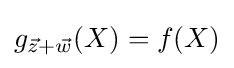
g_{{\vec {z}}+{\vec {w}}}(X)=f(X)